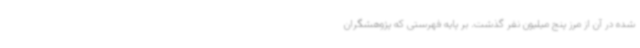
شده در آن از مرز پنج میلیون نفر گذشت. بر پایه فهرستی که پژوهشگران